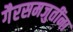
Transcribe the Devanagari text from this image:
गैरसमजुतींना